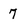
Character: 7